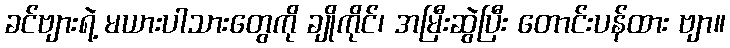
ခင်ဗျားရဲ့ မယားပါသားတွေကို ချိုကိုင်၊ အမြီးဆွဲပြီး တောင်းပန်ထား ဗျာ။